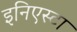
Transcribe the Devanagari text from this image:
इनिएस्टा